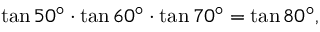
\tan 5 0 ^ { \circ } \cdot \tan 6 0 ^ { \circ } \cdot \tan 7 0 ^ { \circ } = \tan 8 0 ^ { \circ } ,